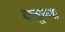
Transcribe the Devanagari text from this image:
बाकूच्या